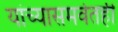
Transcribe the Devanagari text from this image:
यांच्यासमवेतही